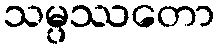
သမ္ပဿတော